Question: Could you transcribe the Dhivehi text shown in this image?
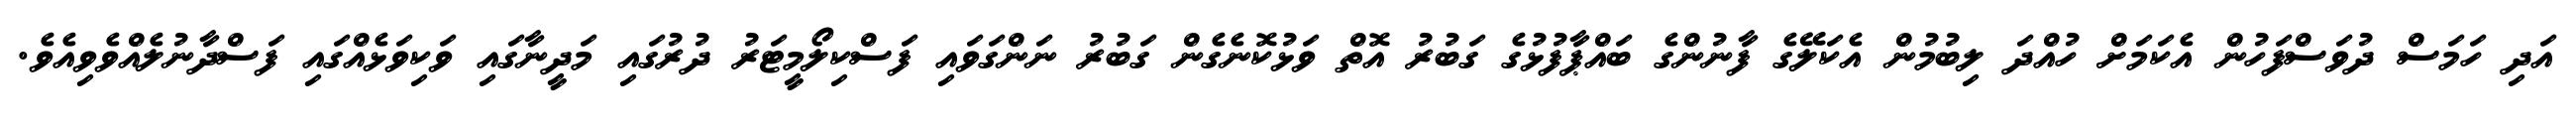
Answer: އަދި ހަމަސް ދުވަސްފަހުން އެކަމަށް ހުއްދަ ލިބުމުން އެކަލޭގެ ފާނުންގެ ބައްޕާފުޅުގެ ގަބުރު އޮތް ވަޅުކޮނެގެން ގަބުރު ނަންގަވައި ފަސްކިލޯމީޓަރު ދުރުގައި މަދީނާގައި ވަކިވަޅެއްގައި ފަސްދާނުލެއްވެވިއެވެ.